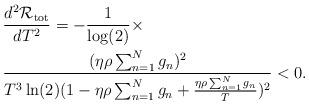
LaTeX: \begin{align*}&\frac{d^2\mathcal{R}_{\mathrm{tot}}}{dT^2}=-\frac{1}{\log(2)}\times\\&\frac{(\eta \rho \sum_{n=1}^{N}g_n)^2}{T^3\ln(2)(1-\eta \rho \sum_{n=1}^{N}g_n+\frac{\eta \rho \sum_{n=1}^{N}g_n}{T})^2}<0.\end{align*}